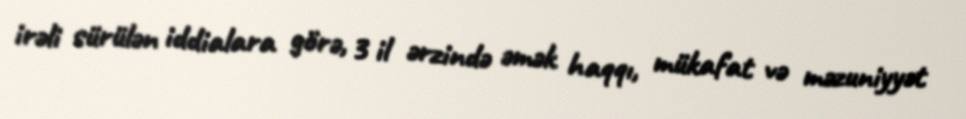
irəli sürülən iddialara görə, 3 il ərzində əmək haqqı, mükafat və məzuniyyət